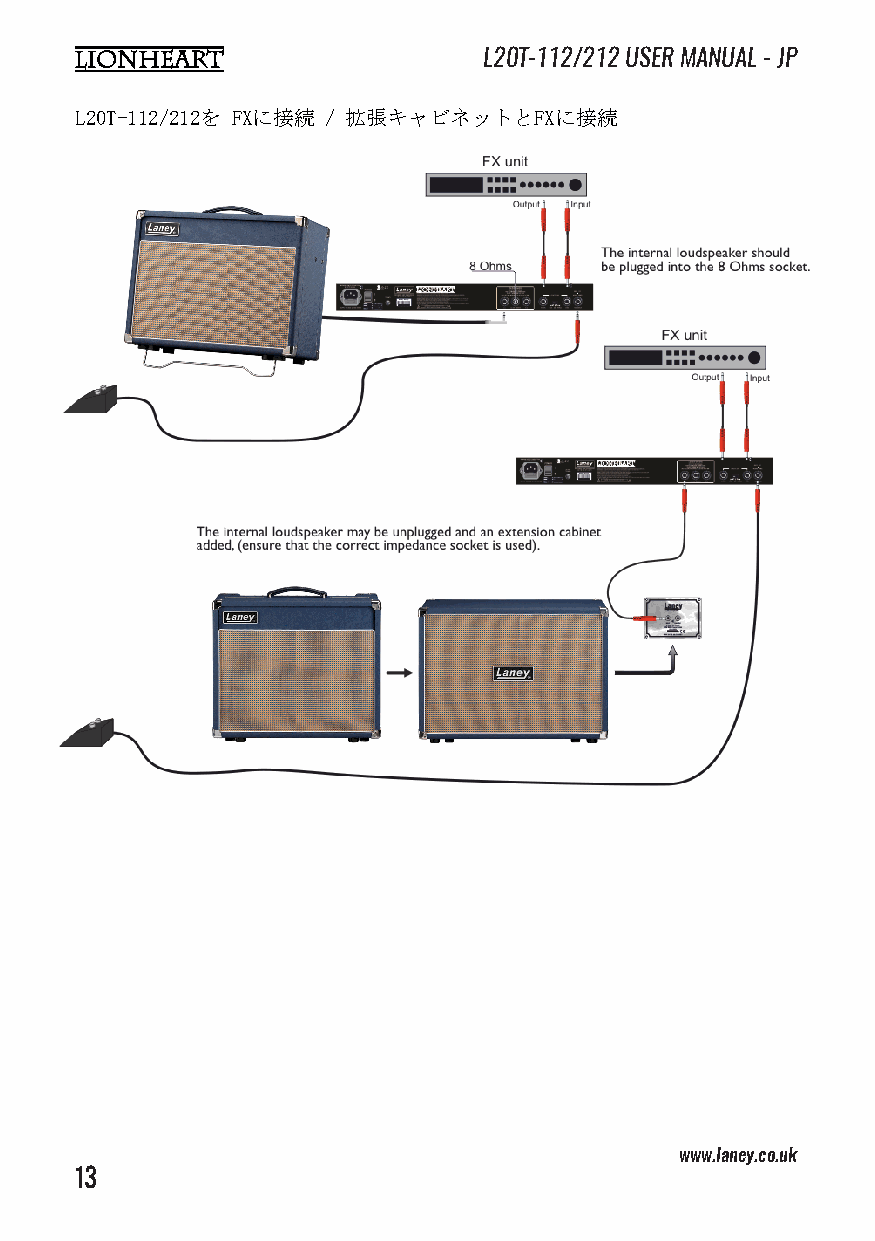
L20T-112/212 USER MANUAL - JP
 L20T-112/212を FXに接続 / 拡張キャビネットとFXに接続
 www.laney.co.uk                              www.laney.co.uk
 13